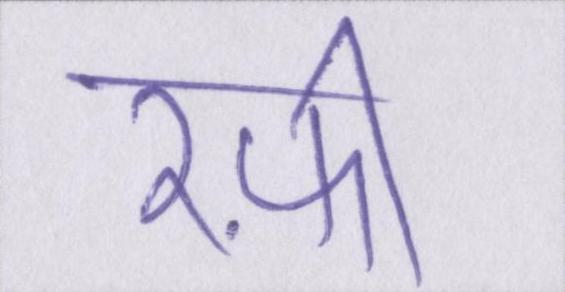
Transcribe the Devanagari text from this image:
रफ़ी